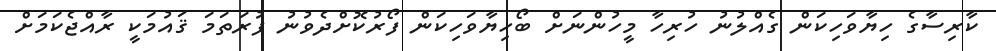
ކާރިސާގެ ހިޔާވަހިކަން ގެއްލުނު ހުރިހާ މީހުންނަށް ބޯހިޔާވަހިކަން ފޯރުކޮށްދެވުނު ފުރަތަމަ ޤައުމަކީ ރާއްޖެކަމަށް